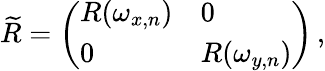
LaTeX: \widetilde{R}=\left(\begin{array}{ll}{R(\omega_{x,n})}&{0}\\ {0}&{R(\omega_{y,n})}\end{array}\right)\, ,